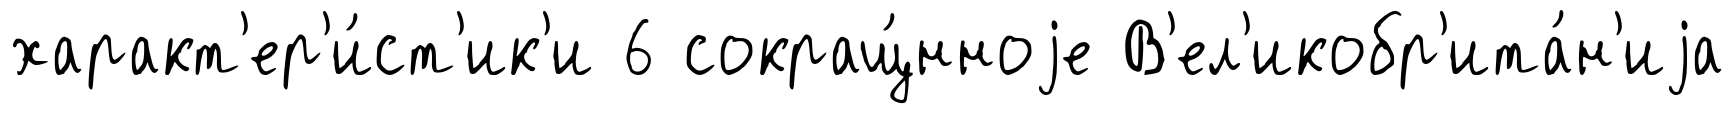
характ'ер'и́ст'ик'и 6 сокращ́нноjе В'ел'икобр'ита́н'иjа